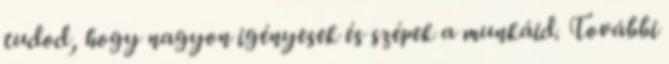
tudod, hogy nagyon igényesek és szépek a munkáid. További